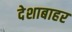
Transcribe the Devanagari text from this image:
देशाबाहर